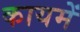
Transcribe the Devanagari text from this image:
कायमें